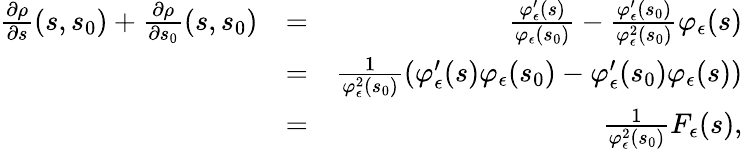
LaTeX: \begin{array}{rlr}{\frac{\partial\rho}{\partial s}(s,s_{0})+\frac{\partial\rho}{\partial s_{0}}(s,s_{0})}&{=}&{\frac{\varphi_{\epsilon}^{\prime}(s)}{\varphi_{\epsilon}(s_{0})}-\frac{\varphi_{\epsilon}^{\prime}(s_{0})}{\varphi_{\epsilon}^{2}(s_{0})}\varphi_{\epsilon}(s)}\\ &{=}&{\frac{1}{\varphi_{\epsilon}^{2}(s_{0})}\left(\varphi_{\epsilon}^{\prime}(s)\varphi_{\epsilon}(s_{0})-\varphi_{\epsilon}^{\prime}(s_{0})\varphi_{\epsilon}(s)\right)}\\ &{=}&{\frac{1}{\varphi_{\epsilon}^{2}(s_{0})}F_{\epsilon}(s),}\end{array}